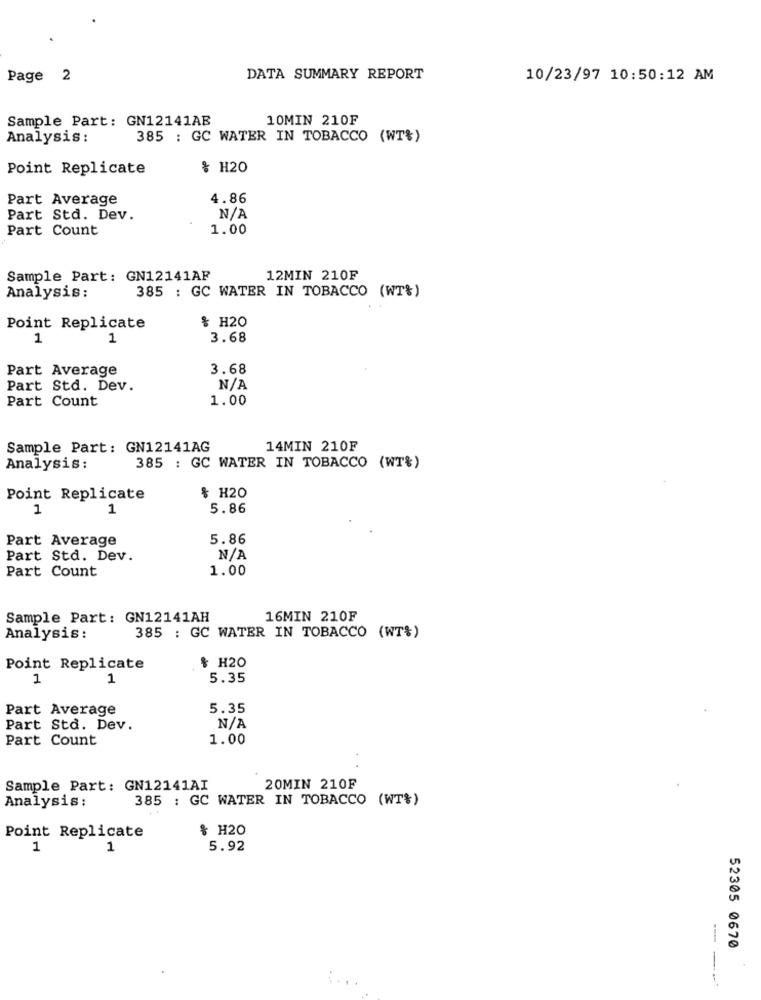
Page 2
DATA SUMMARY REPORT
10/23/97 10:50:12 AM
Sample Part: GN12141AB
10MIN 210F
Analysis :
385 : GC WATER IN TOBACCO (WT&)
Point Replicate
% H20
Part Average
4.86
Part Std. Dev.
Part Count
1.00
Sample Part: GN12141AF
12MIN 210F
385 : GC WATER IN TOBACCO (WT%)
Analysis:
& H20
Point Replicate
1
1
3.68
Part Average
3.68
Part Std. Dev.
Part Count
1.00
Sample Part: GN12141AG
14MIN 210F
Analysis :
385 : GC WATER IN TOBACCO (WT&)
& H20
Point Replicate
1
1
5.86
Part Average
5.86
Part Std. Dev.
Part Count
1.00
Sample Part: GN12141AH
16MIN 210F
Analysis:
385 : GC WATER IN TOBACCO (WT%)
Point Replicate
& H20
1
1
5.35
Part Average
5.35
Part Std. Dev.
Part Count
1.00
Sample Part: GN12141AI
20MIN 210F
Analysis:
385 : GC WATER IN TOBACCO (WT%)
Point Replicate
% H20
1
1
5.92
52305 0670
---